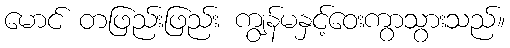
မောင် တဖြည်းဖြည်း ကျွန်မနှင့်ဝေးကွာသွားသည်။